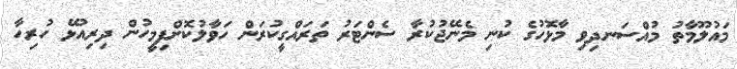
މައުލޫމާތު މުއްސަނދިވި މާޅޮހުގެ ކުނި މެނޭޖުކުރާ ސެންޓަރު ތަރައްގީކުރަން ހަވާލުކޮށްފިމީހުން ދިރިއުޅޭ ހުރިހާ